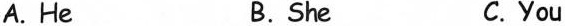
A. He B.She C.You